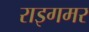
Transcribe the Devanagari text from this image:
राइगमर